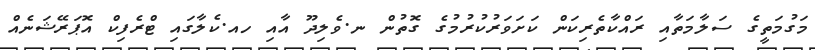
މަގުމަތީގެ ސަލާމަތާއި ރައްކާތެރިކަން ކަށަވަރުކުރުމުގެ ގޮތުން ނ.ވެލިދޫ އާއި ހއ.ކެލާގައި ޓްރެފިކް އޮޕަރޭޝަނެއް